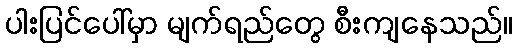
ပါးပြင်ပေါ်မှာ မျက်ရည်တွေ စီးကျနေသည်။